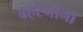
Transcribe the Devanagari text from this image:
बहरैनोना